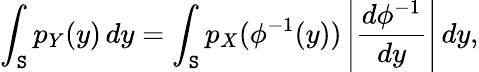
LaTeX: \int_{\mathtt{S}}p_{Y}(y)\, dy=\int_{\mathtt{S}}p_{X}(\phi^{-1}(y))\left|{\frac{{d\phi^{-1}}}{{dy}}}\right|\, dy,